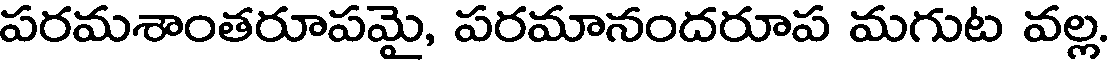
పరమశాంతరూపమై, పరమానందరూప మగుట వల్ల